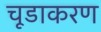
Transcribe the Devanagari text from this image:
चूडाकरण